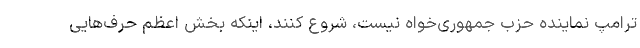
ترامپ نماینده حزب جمهوری‌خواه نیست، شروع کنند، اینکه بخش اعظم حرف‌هایی